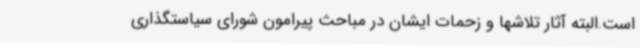
است.البته آثار تلاشها و زحمات ایشان در مباحث پیرامون شورای سیاستگذاری